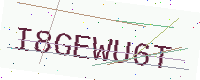
Text: I8GEWU6T